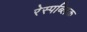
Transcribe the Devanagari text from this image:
रेस्पब्लिक